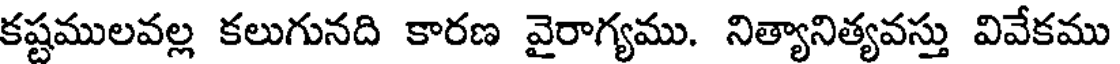
కష్టములవల్ల కలుగునది కారణ వైరాగ్యము. నిత్యానిత్యవస్తు వివేకము